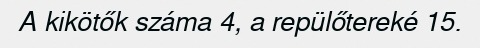
A kikötők száma 4, a repülőtereké 15.